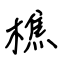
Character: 樵